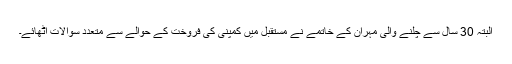
البتہ 30 سال سے چلنے والی مہران کے خاتمے نے مستقبل میں کمپنی کی فروخت کے حوالے سے متعدد سوالات اٹھائے۔